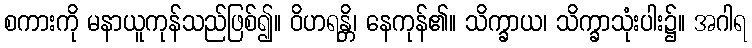
စကားကို မနာယူကုန်သည်ဖြစ်၍။ ဝိဟရန္တိ၊ နေကုန်၏။ သိက္ခာယ၊ သိက္ခာသုံးပါး၌။ အဂါရ